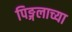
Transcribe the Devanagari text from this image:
पिङ्गलाच्या